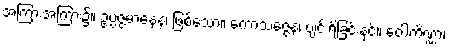
အကြားအကြား၌။ ဥပ္ပဇ္ဇမာနေန၊ ဖြစ်သော။ ကောသဇ္ဇေန၊ ပျင်းရိခြင်းနှင့်။ ဝေါကိဏ္ဏာ၊